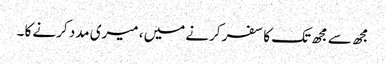
مجھ سے مجھ تک کا سفر کرنے میں ، میری مدد کرنے کا ۔